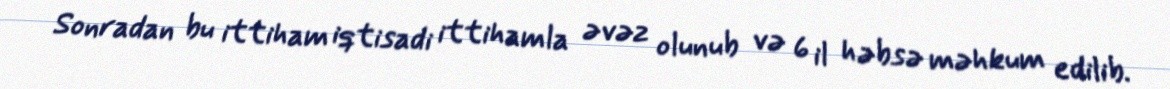
Sonradan bu ittiham iqtisadi ittihamla əvəz olunub və 6 il həbsə məhkum edilib.